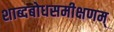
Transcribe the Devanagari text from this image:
शाब्दबोधसमीक्षणम्